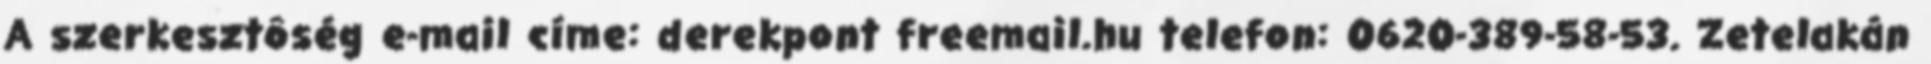
A szerkesztôség e-mail címe: derekpont freemail.hu telefon: 0620-389-58-53. Zetelakán